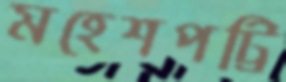
মহেশপট্টি